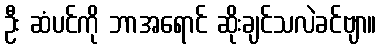
ဦး ဆံပင်ကို ဘာအရောင် ဆိုးချင်သလဲခင်ဗျာ။